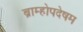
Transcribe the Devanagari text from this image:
ब्राम्होपदेषम